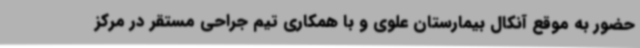
حضور به موقع آنکال بیمارستان علوی و با همکاری تیم جراحی مستقر در مرکز